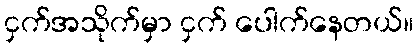
ငှက်အသိုက်မှာ ငှက် ပေါက်နေတယ်။